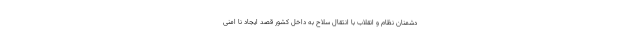
دشمنان نظام و انقلاب با انتقال سلاح به داخل کشور قصد ایجاد نا امنی